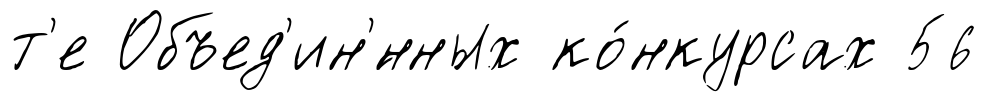
т'е Объед'ин'́нных ко́нкурсах 56